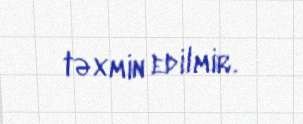
təxmin edilmir.